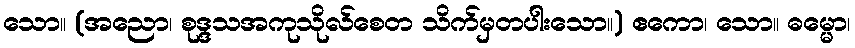
သော။ (အညော၊ စုဒ္ဒသအကုသိုလ်စေတ သိက်မှတပါးသော။) ဧကော၊ သော။ ဓမ္မော၊